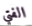
الفتي